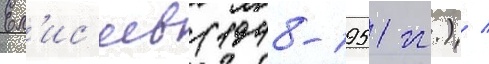
Ел'ис'еев (1948-1951 гг.) /